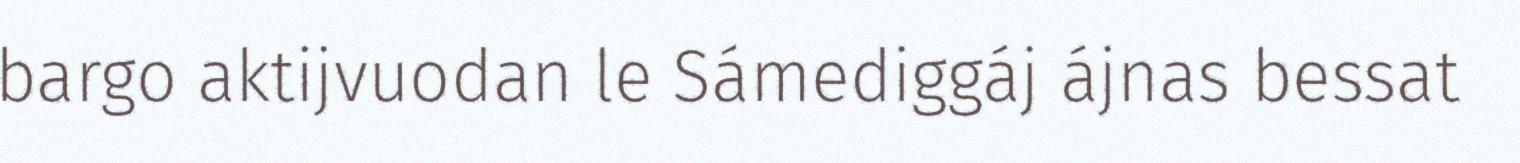
bargo aktijvuodan le Sámediggáj ájnas bessat